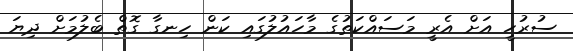
ސުރުހީ އަށް އެރީ މަސައްކަތުގެ މާހައުލުގައި ކަން ހިނގާ ގޮތް ބެލުމަށް ދިޔަ